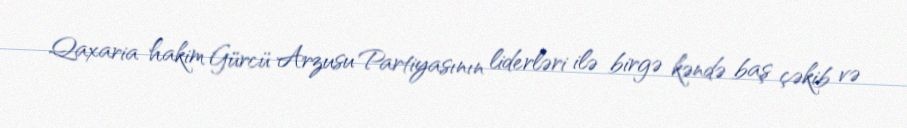
Qaxaria hakim Gürcü Arzusu Partiyasının liderləri ilə birgə kəndə baş çəkib və